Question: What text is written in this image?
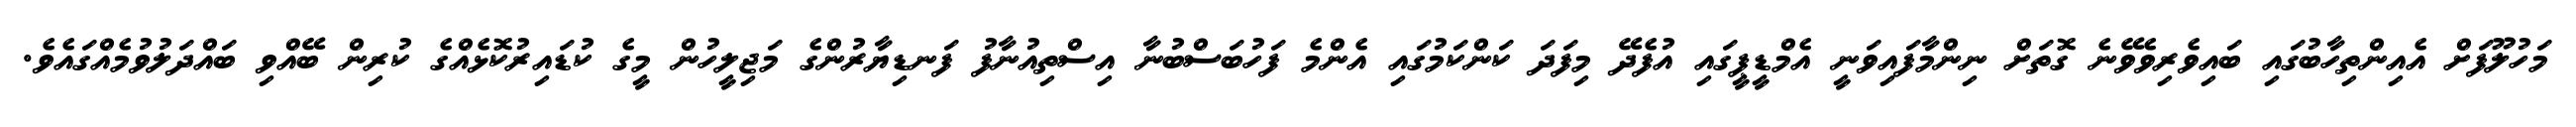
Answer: މަހުލޫފަށް އެއިންތިހާބުގައި ބައިވެރިވެވޭނެ ގޮތަށް ނިންމާފައިވަނީ އެމްޑީޕީގައި އުފެދޭ މިފަދަ ކަންކަމުގައި އެންމެ ފަހުބަސްބުނާ އިސްތިއުނާފު ފަނޑިޔާރުންގެ މަޖިލީހުން މީގެ ކުޑައިރުކޮޅެއްގެ ކުރިން ބޭއްވި ބައްދަލުވުމެއްގައެވެ.